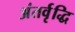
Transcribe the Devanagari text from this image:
अंतर्वृद्धि